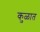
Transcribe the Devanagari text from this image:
कु़ळात